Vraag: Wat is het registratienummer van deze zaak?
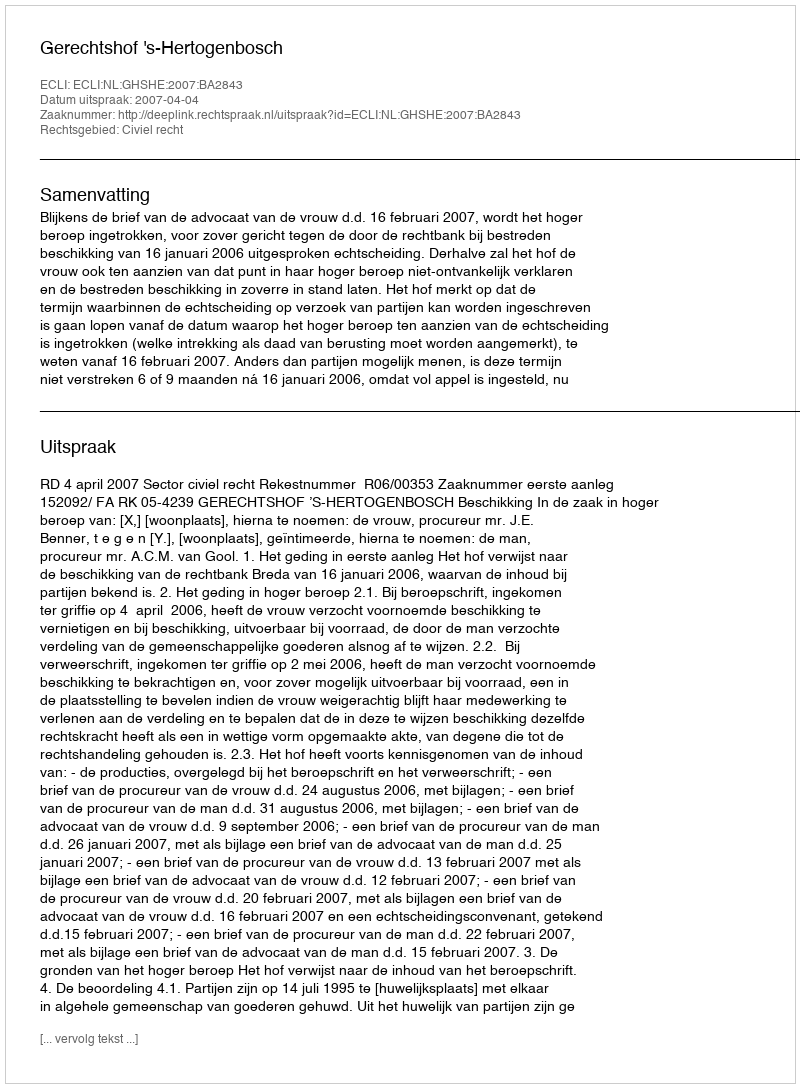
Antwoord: http://deeplink.rechtspraak.nl/uitspraak?id=ECLI:NL:GHSHE:2007:BA2843